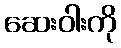
ဆေးဝါးကို